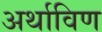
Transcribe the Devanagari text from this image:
अर्थाविण